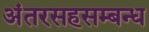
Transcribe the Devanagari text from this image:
अंतरसहसम्बन्ध